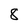
Character: 8